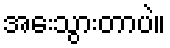
အေးသွားတာပဲ။